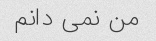
من نمی دانم